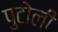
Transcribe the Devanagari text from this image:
पुटोली